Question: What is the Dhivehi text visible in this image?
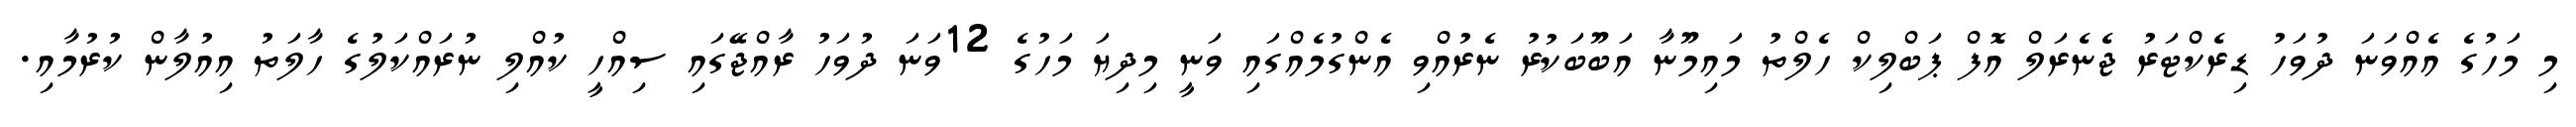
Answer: މި މަހުގެ އެއްވަނަ ދުވަހު ޑިރެކްޓަރު ޖެނެރަލް އޮފް ޕަބްލިކް ހެލްތު މައިމޫނާ އަބޫބަކުރު ނެރުއްވި އެންގުމެއްގައި ވަނީ މިދިޔަ މަހުގެ 12ވަނަ ދުވަހު ރާއްޖޭގައި ސިއްހީ ކުއްލި ނުރައްކަލުގެ ހާލަތު އިއުލާން ކުރުމާއި.